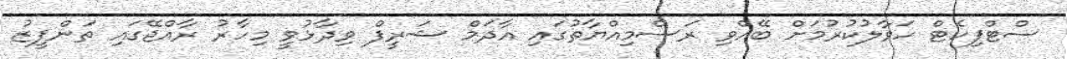
ސްޓްފިކެޓް ހަވާލުކުރުމަށް ބޭއްވި ރަސްމިއްޔާތުގައި އާދަމް ޝަރީފް ވިދާޅުވީ މިހާރު ރާއްޖޭގައި ތަންފީޒު